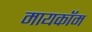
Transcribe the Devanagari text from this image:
मायकॉम